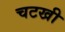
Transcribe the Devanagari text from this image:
चटखी